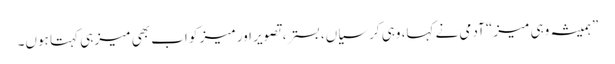
”ہمیشہ وہی میز“ آدمی نے کہا، وہی کرسیاں، بستر، تصویر اور میز کو اب بھی میز ہی کہتا ہوں۔